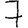
Digit: 7